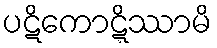
ပဋိကောဋ္ဋိဿာမိ